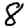
Digit: 8